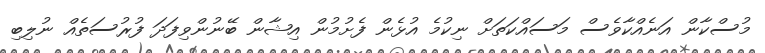
މުސްކާން އަނެއްކާވެސް މަސައްކަތަށް ނިކުމެ އުޅެން ފެށުމުން އިޝާން ބޭނުންވިފަދަ ފުރުސަތެއް ނުލިބި